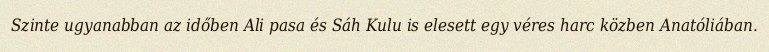
Szinte ugyanabban az időben Ali pasa és Sáh Kulu is elesett egy véres harc közben Anatóliában.